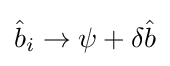
{\hat {b}}_{i}\rightarrow \psi +\delta {\hat {b}}